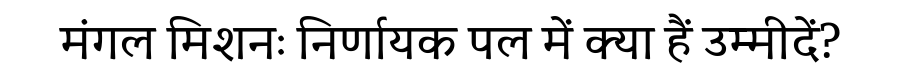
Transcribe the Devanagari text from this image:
मंगल मिशनः निर्णायक पल में क्या हैं उम्मीदें?